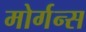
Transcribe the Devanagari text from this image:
मोर्गन्स